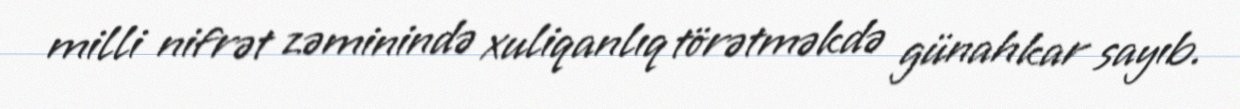
milli nifrət zəminində xuliqanlıq törətməkdə günahkar sayıb.